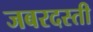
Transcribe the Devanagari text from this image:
जबरदस्‍ती